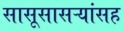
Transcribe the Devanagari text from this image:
सासूसासऱ्यांसह